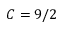
C = 9 / 2